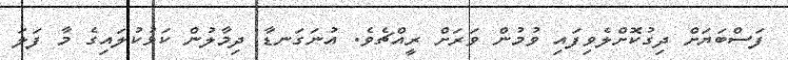
ފަސްބަޔަށް ދިގުކޮށްލެވިފައި ވުމުން ވަރަށް ރީއްޗެވެ. އުނަގަނޑާ ދިމާލުން ކަޅުކުލައިގެ މާ ފަލަ